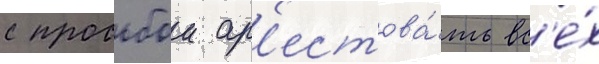
с просьбои ар'естова́ть вс'е́х